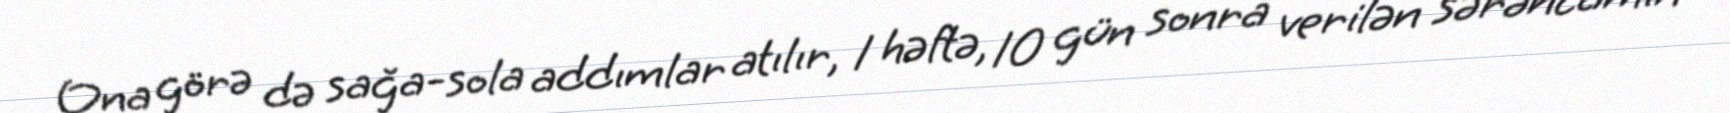
Ona görə də sağa-sola addımlar atılır, 1 həftə, 10 gün sonra verilən sərəncamın